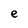
Character: e